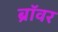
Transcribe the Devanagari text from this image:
ब्रॉवर